Annual report of the Punjab Veterinary College and of the Civil Veterinary Department, Punjab - 1920-1925
Year: 1920
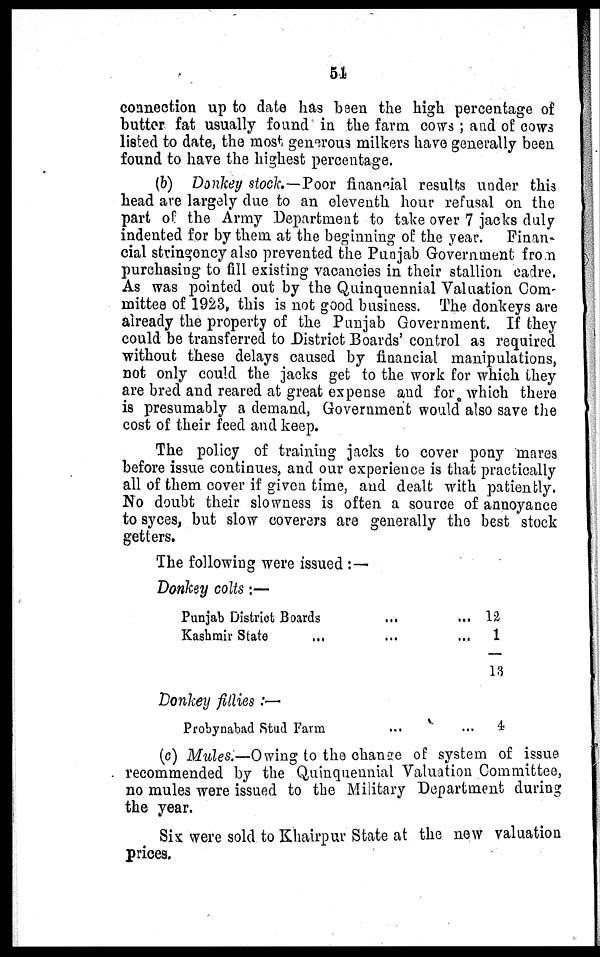
54
connection up to date has been the high percentage of
butter fat usually found in the farm cows; and of cows
listed to date, the most generous milkers have generally been
found to have the highest percentage.
(b) Donkey stock.—Poor financial results under this
head are largely clue to an eleventh hour refusal on the
part of the Army Department to take over 7 jacks duly
indented for by them at the beginning of the year. Finan-
cial stringency also prevented the Punjab Government from
purchasing to fill existing vacancies in their stallion cadre.
As was pointed out by the Quinquennial Valuation Com-
mittee of 1923, this is not good business. The donkeys are
already the property of the Punjab Government. If they
could be transferred to District Boards' control as required
without these delays caused by financial manipulations,
not only could the jacks get to the work for which they
are bred and reared at great expense and for which there
is presumably a demand, Government would also save the
cost of their feed and keep.
The policy of training jacks to cover pony mares
before issue continues, and our experience is that practically
all of them cover if given time, and dealt with patiently.
No doubt their slowness is often a source of annoyance
to syces, but slow coverers are generally the best stock
getters.
The following were issued :—
Donkey colts :—
Punjab District Boards
...
Kashmir State
... ...
Donkey fillies :—
Probynabad Stud Farm ...
... 12
...
1
13
...
4
(c) Mules.—Owing to the change of system of issue
recommended by the Quinquennial Valuation Committee,
no mules were issued to the Military Department during
the year.
Six were sold to Khairpur State at the new valuation
prices.